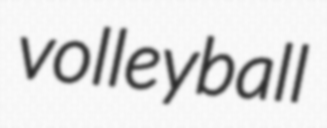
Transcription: volleyball